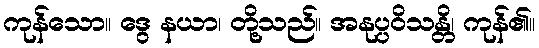
ကုန်သော။ ဒွေ နယာ၊ တို့သည်။ အနုပ္ပဝိသန္တိ၊ ကုန်၏။